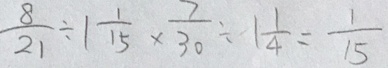
\frac { 8 } { 2 1 } \div 1 \frac { 1 } { 1 5 } \times \frac { 7 } { 3 0 } \div 1 \frac { 1 } { 4 } = \frac { 1 } { 1 5 }